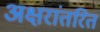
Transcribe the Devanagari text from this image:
अक्षरांतरित